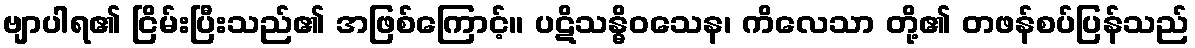
ဗျာပါရ၏ ငြိမ်းပြီးသည်၏ အဖြစ်ကြောင့်။ ပဋိသန္ဓိဝသေန၊ ကိလေသာ တို့၏ တဖန်စပ်ပြန်သည်